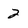
Character: 2